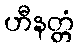
ဟီနတ္တံ